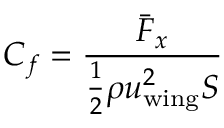
C _ { f } = \frac { \bar { F } _ { x } } { \frac 1 2 \rho u _ { \mathrm { w i n g } } ^ { 2 } S }